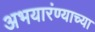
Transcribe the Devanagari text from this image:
अभयारंण्याच्या